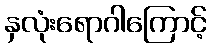
နှလုံးရောဂါကြောင့်